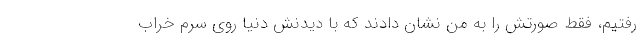
رفتیم، فقط صورتش را به من نشان دادند که با دیدنش دنیا روی سرم خراب